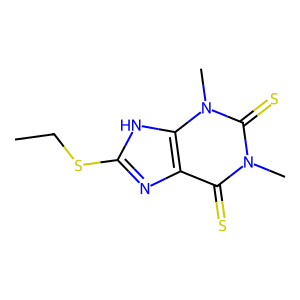
SMILES: CCSc1nc2c(=S)n(C)c(=S)n(C)c2[nH]1
Inhibits HIV replication: No